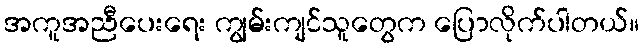
အကူအညီပေးရေး ကျွမ်းကျင်သူတွေက ပြောလိုက်ပါတယ်။